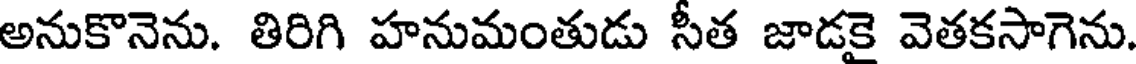
అనుకొనెను. తిరిగి హనుమంతుడు సీత జాడకై వెతకసాగెను